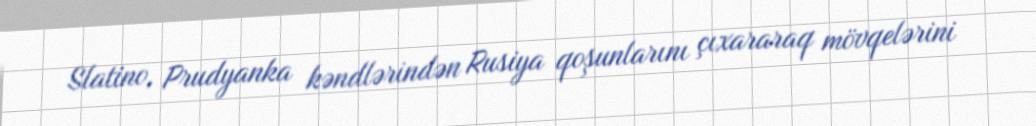
Slatino, Prudyanka kəndlərindən Rusiya qoşunlarını çıxararaq mövqelərini